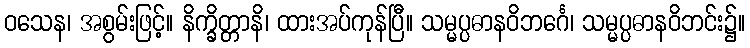
ဝသေန၊ အစွမ်းဖြင့်။ နိက္ခိတ္တာနိ၊ ထားအပ်ကုန်ပြီ။ သမ္မပ္ပဓာနဝိဘင်္ဂေ၊ သမ္မပ္ပဓာနဝိဘင်း၌။